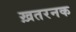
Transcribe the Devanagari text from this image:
ख़तरनक